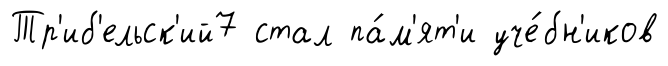
Тр'иб'ельск'ий7 стал па́м'ят'и уче́бн'иков